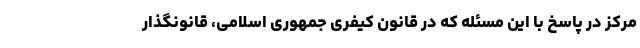
مرکز در پاسخ با این مسئله که در قانون کیفری جمهوری اسلامی، قانونگذار